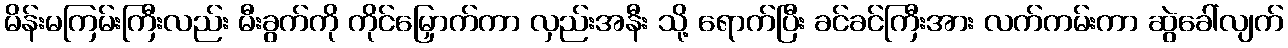
မိန်းမကြမ်းကြီးလည်း မီးခွက်ကို ကိုင်မြှောက်ကာ လှည်းအနီး သို့ ရောက်ပြီး ခင်ခင်ကြီးအား လက်ကမ်းကာ ဆွဲခေါ်လျက်